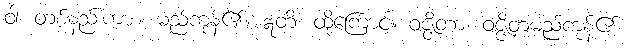
ဝါ၊ တစ်နည်းကား။ မည်ကုန်၏။ ဣတိ၊ ထို့ကြောင့်။ ဝဇ္ဇိတာ၊ ဝဇ္ဇိတမည်ကုန်၏။